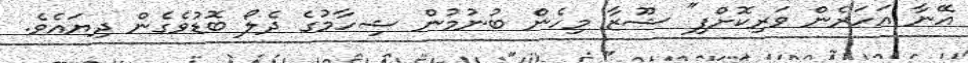
އޭނާ އަހަރެން ވަރިކޮށްފި" ޝޫޒާ މިހެން ބުނުމުން ޝިހާމުގެ ދެލޯ ބޮޑުވެގެން ދިޔައެވެ.